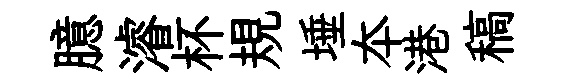
臆濬杯規埵夲港稿